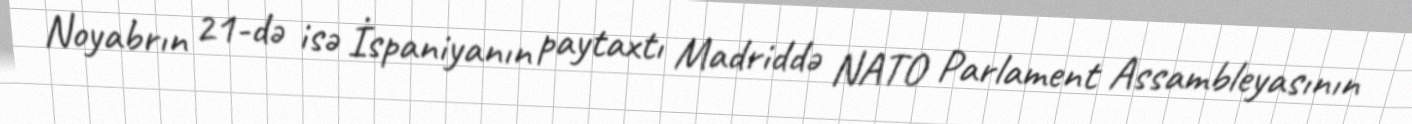
Noyabrın 21-də isə İspaniyanın paytaxtı Madriddə NATO Parlament Assambleyasının